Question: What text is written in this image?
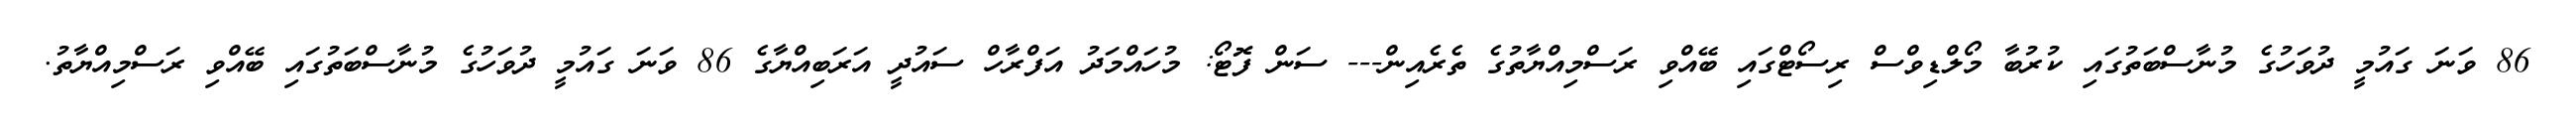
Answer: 86 ވަނަ ގައުމީ ދުވަހުގެ މުނާސްބަތުގައި ކުރުބާ މޯލްޑިވްސް ރިސޯޓްގައި ބޭއްވި ރަސްމިއްޔާތުގެ ތެރެއިން--- ސަން ފޮޓޯ: މުހައްމަދު އަފްރާހް ސައުދީ އަރަބިއްޔާގެ 86 ވަނަ ގައުމީ ދުވަހުގެ މުނާސްބަތުގައި ބޭއްވި ރަސްމިއްޔާތު.